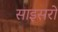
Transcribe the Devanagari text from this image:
साइसरो